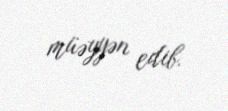
müəyyən edib.